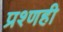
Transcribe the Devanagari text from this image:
प्रश्णही